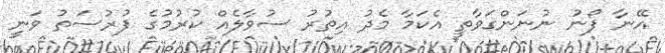
އޭނާ ފޯނު ނުނަންގަވާތީ އެކަމާ މެދު އިތުރު ސުވާލެއް ކުރުމުގެ ފުރުސަތު ވަނީ